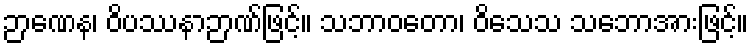
ဉာဏေန၊ ဝိပဿနာဉာဏ်ဖြင့်။ သဘာဝတော၊ ဝိသေသ သဘောအားဖြင့်။